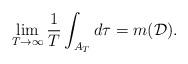
LaTeX: \begin{align*}\lim_{T\to\infty}\frac{1}{T}\int_{A_T}d\tau = m(\mathcal{D}).\end{align*}